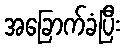
အခြောက်ခံပြီး